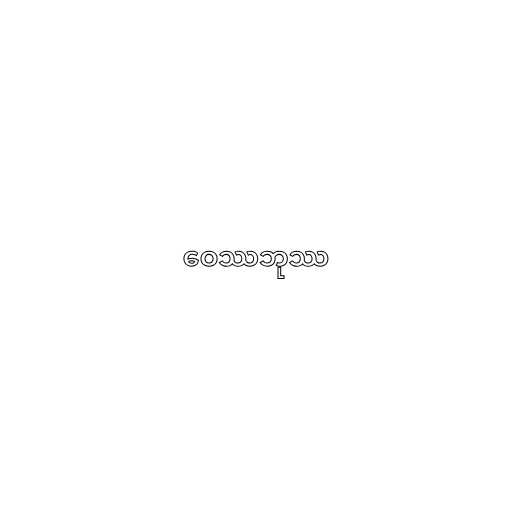
ဝေဿဘုဿ